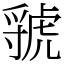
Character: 虢